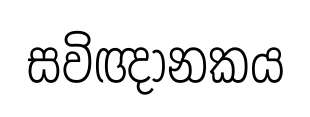
සවිඥානකය